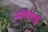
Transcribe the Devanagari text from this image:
अवसताई